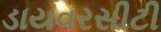
ડાયવરસીટી